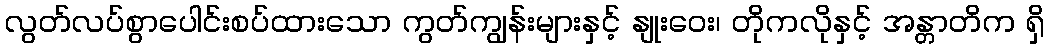
လွတ်လပ်စွာပေါင်းစပ်ထားသော ကွတ်ကျွန်းများနှင့် နျုးဝေး၊ တိုကလိုနှင့် အန္တာတိက ရှိ